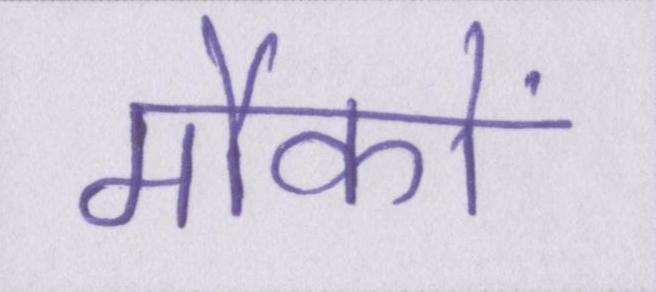
मौकों